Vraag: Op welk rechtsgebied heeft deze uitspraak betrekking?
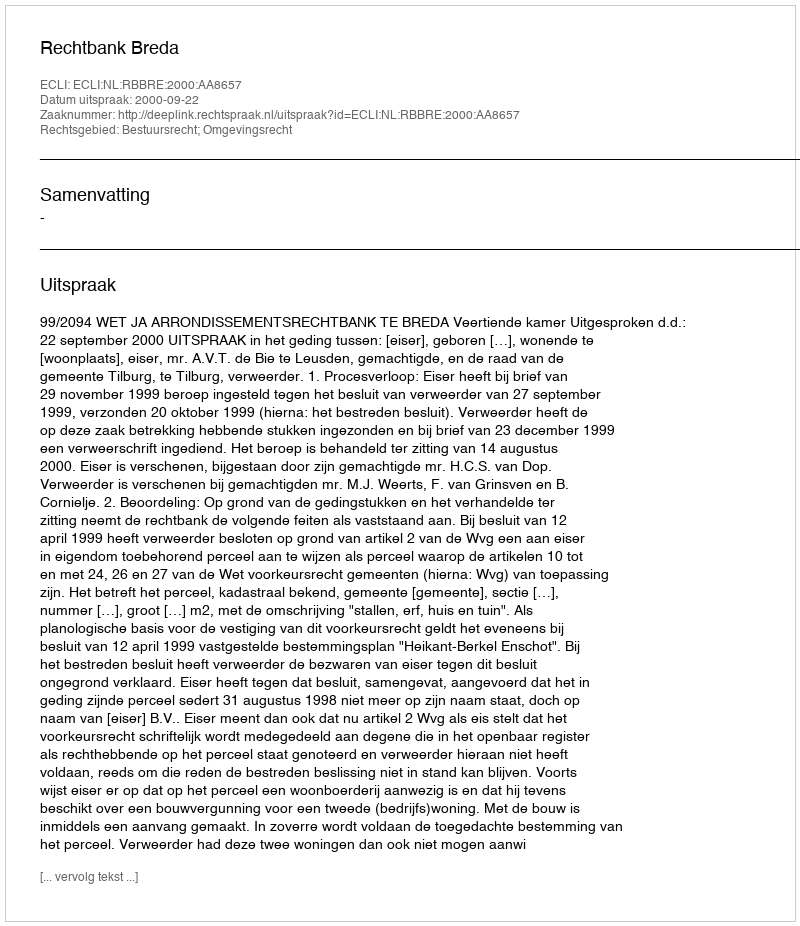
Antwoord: Bestuursrecht; Omgevingsrecht